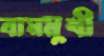
বামমুখী